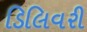
ડિલિવરી